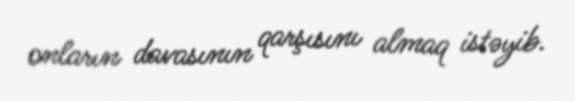
onların davasının qarşısını almaq istəyib.